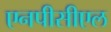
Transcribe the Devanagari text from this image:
एनपीसीएल